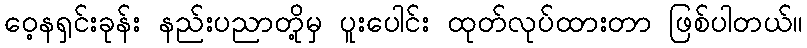
ဝေ့နရှင်းခုန်း နည်းပညာတို့မှ ပူးပေါင်း ထုတ်လုပ်ထားတာ ဖြစ်ပါတယ်။